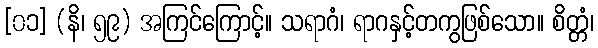
[၀၁] (နိ၊ ၅၉) အကြင်ကြောင့်။ သရာဂံ၊ ရာဂနှင့်တကွဖြစ်သော။ စိတ္တံ၊